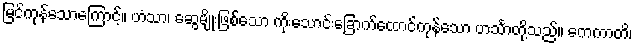
မြင်ကုန်သောကြောင့်။ ဟံသာ၊ ဆွေမျိုးဖြစ်သော ကိုးသောင်းခြောက်ထောင်ကုန်သော ဟင်္သာတို့သည်။ ကေကာတိ၊